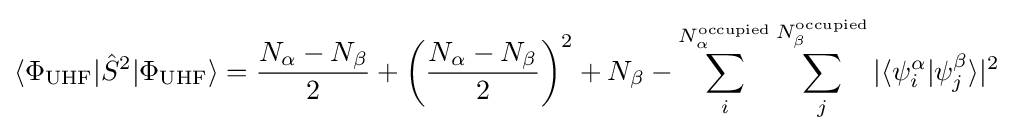
\langle \Phi _{\mathrm {UHF} }|{\hat {S}}^{2}|\Phi _{\mathrm {UHF} }\rangle ={\frac {N_{\alpha }-N_{\beta }}{2}}+\left({\frac {N_{\alpha }-N_{\beta }}{2}}\right)^{2}+N_{\beta }-\sum _{i}^{N_{\alpha }^{\mathrm {occupied} }}\sum _{j}^{N_{\beta }^{\mathrm {occupied} }}|\langle \psi _{i}^{\alpha }|\psi _{j}^{\beta }\rangle |^{2}